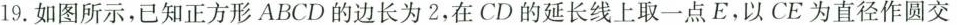
19.如图所示，已知正方形ABCD的边长为2，在CD的延长线上取一点E，以CE为直径作圆交